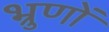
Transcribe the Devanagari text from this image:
भ्रुणों